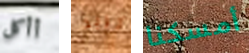
أأكل تريد أمسكنا